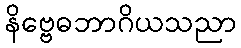
နိဗ္ဗေဓဘာဂိယသညာ